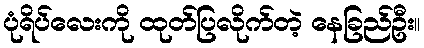
ပုံရိပ်လေးကို ထုတ်ပြလိုက်တဲ့ နေခြည်ဦး။